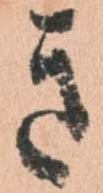
き